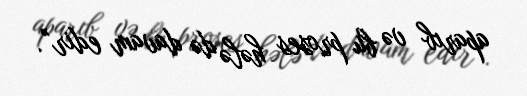
aparıb və bu proses hələ də davam edir”.